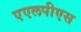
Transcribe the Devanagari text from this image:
एएलपीएस